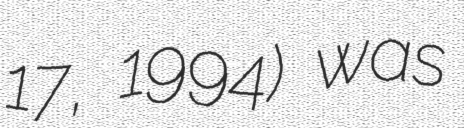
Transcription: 17, 1994) was